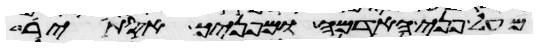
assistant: מעל פני האדמה ומפניך אסתיר